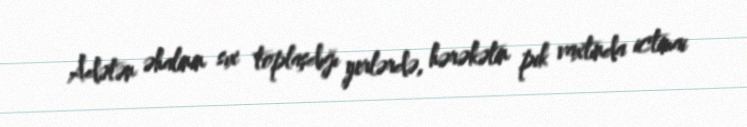
Adətən əhalinin sıx toplaşdığı yerlərdə, hərəkətin pik vaxtında ictimai